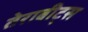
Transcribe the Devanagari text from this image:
तेराबीट्स